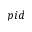
p i d